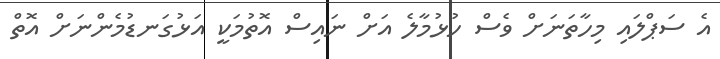
އެ ސަޕްލައި މިހާތަނަށް ވެސް ހުޅުމާލެ އަށް ނައިސް އޮތުމަކީ އަޅުގަނޑުމެންނަށް އޮތް